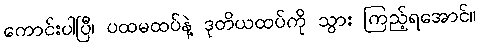
ကောင်းပါပြီ၊ ပထမထပ်နဲ့ ဒုတိယထပ်ကို သွား ကြည့်ရအောင်။